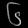
Digit: ၆